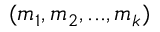
( m _ { 1 } , m _ { 2 } , . . . , m _ { k } )